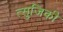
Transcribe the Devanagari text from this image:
त्सुजिकी